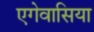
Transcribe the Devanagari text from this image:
एगेवासिया